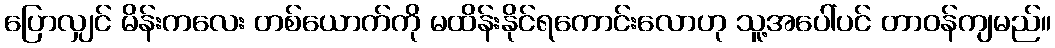
ပြောလျှင် မိန်းကလေး တစ်ယောက်ကို မထိန်းနိုင်ရကောင်းလောဟု သူ့အပေါ်ပင် တာဝန်ကျမည်။